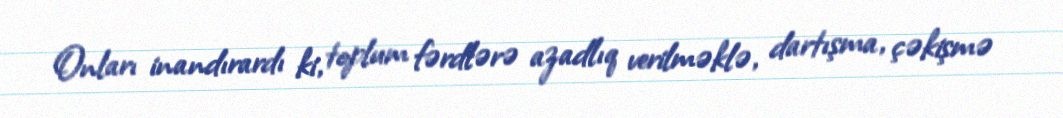
Onları inandırardı ki, toplum fərdlərə azadlıq verilməklə, dartışma, çəkişmə